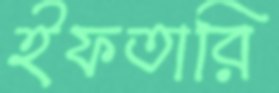
ইফতারি